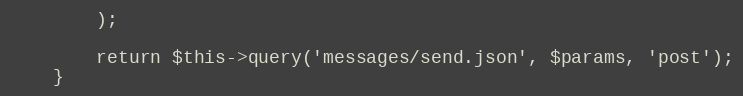
Language: PHP
        );

        return $this->query('messages/send.json', $params, 'post');
    }